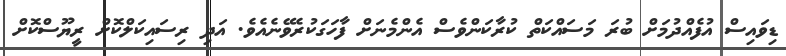
ޑިވައިސް އުފެއްދުމަށް ބުރަ މަސައްކަތް ކުރާކަންވެސް އެންމެނަށް ފާހަގަކުރެވޭނެއެވެ. އަދި ރިސައިކަލްކޮށް ރީޔޫސްކޮށް